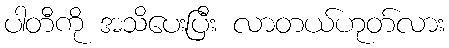
ပါတီကို အသိပေးပြီး လာတယ်ဟုတ်လား